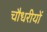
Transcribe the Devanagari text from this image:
चौधरीयों